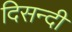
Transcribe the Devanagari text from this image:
दिसन्दी